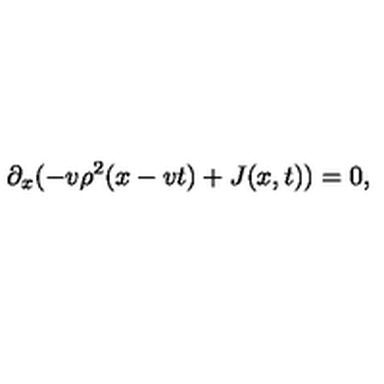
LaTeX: \partial _ { x } ( - v \rho ^ { 2 } ( x - v t ) + J ( x , t ) ) = 0 ,